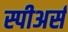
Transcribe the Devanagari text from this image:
स्पीअर्स